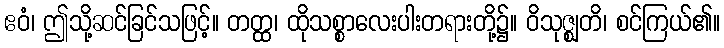
ဧဝံ၊ ဤသို့ဆင်ခြင်သဖြင့်။ တတ္ထ၊ ထိုသစ္စာလေးပါးတရားတို့၌။ ဝိသုဇ္ဈတိ၊ စင်ကြယ်၏။